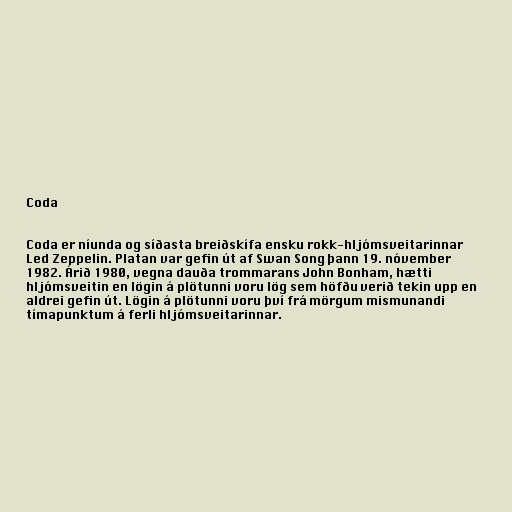
Coda

Coda er níunda og síðasta breiðskífa ensku rokk-hljómsveitarinnar
Led Zeppelin. Platan var gefin út af Swan Song þann 19. nóvember
1982. Árið 1980, vegna dauða trommarans John Bonham, hætti
hljómsveitin en lögin á plötunni voru lög sem höfðu verið tekin upp en
aldrei gefin út. Lögin á plötunni voru því frá mörgum mismunandi
tímapunktum á ferli hljómsveitarinnar.